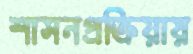
শাসনপ্রক্রিয়ায়